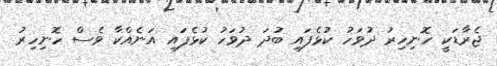
ޖެރާޑަކީ ހޮނިހިރު ދުވަހު ކުޅެފައި ބުދަ ދުވަހު ކުޅެފައި އަނެއްކާ ވެސް ހޮނިހިރު